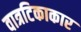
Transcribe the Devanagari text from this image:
वात्रटिकाकार